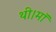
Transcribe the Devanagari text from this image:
थी।माॅ